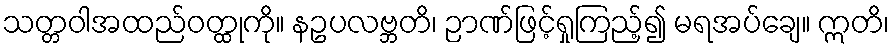
သတ္တဝါအထည်ဝတ္ထုကို။ နဥပလဗ္ဘတိ၊ ဉာဏ်ဖြင့်ရှုကြည့်၍ မရအပ်ချေ။ ဣတိ၊